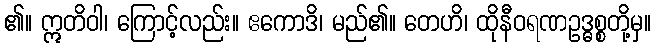
၏။ ဣတိဝါ၊ ကြောင့်လည်း။ ဧကောဒိ၊ မည်၏။ တေဟိ၊ ထိုနီဝရဏဥဒ္ဓစ္စတို့မှ။